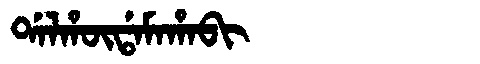
Manchu: ᡩᠠᠯᡥᡡᡩᠠᠮᠠᡥᠠᠪᡳ
Romanization: DALHŪDAMAHABI